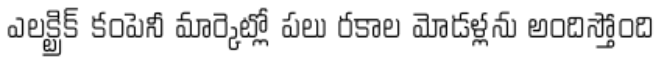
ఎలక్ట్రిక్ కంపెనీ మార్కెట్లో పలు రకాల మోడళ్లను అందిస్తోంది